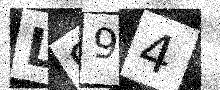
Text: L994